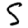
Digit: 5